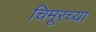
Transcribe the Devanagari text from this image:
चिमूरच्या